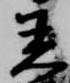
着